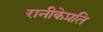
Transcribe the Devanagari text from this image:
रानीकेप्रति